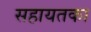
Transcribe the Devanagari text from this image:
सहायतका